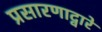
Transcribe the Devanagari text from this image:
प्रसारणाद्वारे